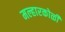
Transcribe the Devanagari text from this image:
मल्हारकोळी